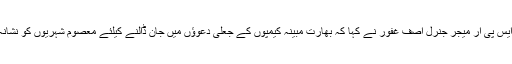
ڈی جی آئی ایس پی آر میجر جنرل آصف غفور نے کہا کہ بھارت مبینہ کیمپوں کے جعلی دعوؤں میں جان ڈالنے کیلئے معصوم شہریوں کو نشانہ بنا رہا ہے۔